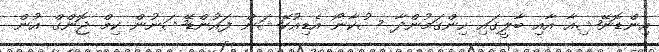
އިންޑޮނޭޝިއާ އާއި ބާލީގައި ހިންގަމުންދާ ސުކާނޯ އެޑިއުކޭޝަން ފައުންޑޭޝަނުން ކިމް ޖޮންގް އުން